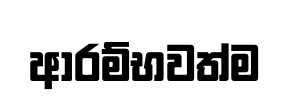
ආරම්භවත්ම